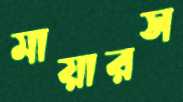
মায়ারস